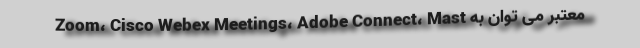
معتبر می توان به Zoom، Cisco Webex Meetings،‌ Adobe Connect، Mast